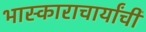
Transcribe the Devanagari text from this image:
भास्काराचार्यांची